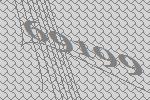
69199